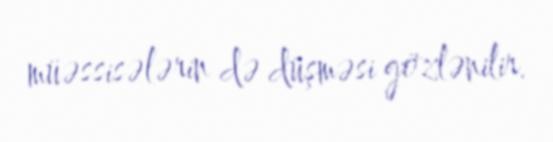
müəssisələrin də düşməsi gözlənilir.